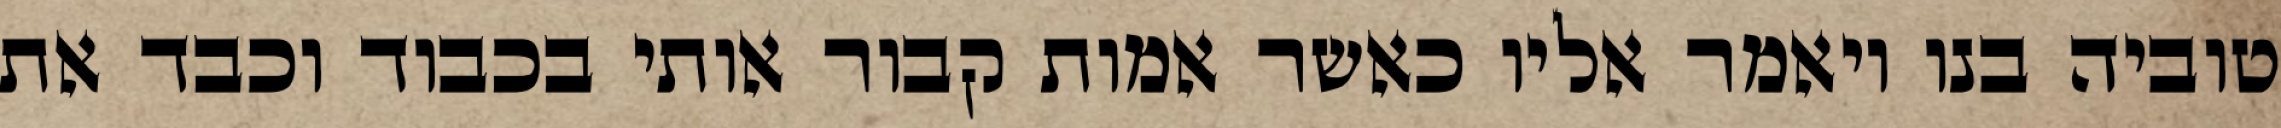
טוביה בנו ויאמר אליו כאשר אמות קבור אותי בכבוד וכבד את